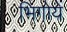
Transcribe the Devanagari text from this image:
भिगोयें